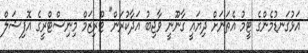
އަޅުގަނޑުމެންގެ ޓީމު އެތަނަށް ދިޔައީ ގާނޫނީ ވާޖިބު އަދާކުރަން" ޓޫރިޒަމް މިނިސްޓްރީގެ އޮފިޝަލް